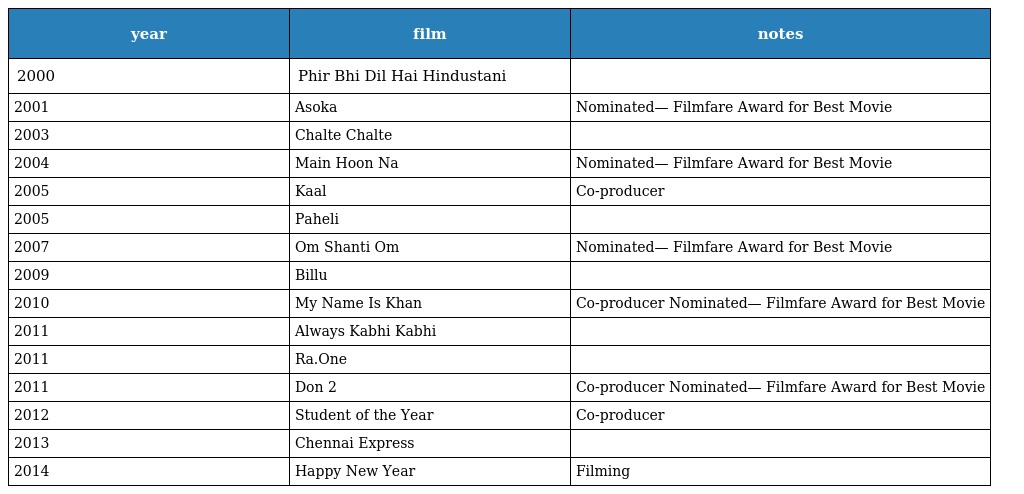
| year | film | notes |
 | --- | --- | --- |
 | 2000 | Phir Bhi Dil Hai Hindustani |  |
 | 2001 | Asoka | Nominated— Filmfare Award for Best Movie |
 | 2003 | Chalte Chalte |  |
 | 2004 | Main Hoon Na | Nominated— Filmfare Award for Best Movie |
 | 2005 | Kaal | Co-producer |
 | 2005 | Paheli |  |
 | 2007 | Om Shanti Om | Nominated— Filmfare Award for Best Movie |
 | 2009 | Billu |  |
 | 2010 | My Name Is Khan | Co-producer Nominated— Filmfare Award for Best Movie |
 | 2011 | Always Kabhi Kabhi |  |
 | 2011 | Ra.One |  |
 | 2011 | Don 2 | Co-producer Nominated— Filmfare Award for Best Movie |
 | 2012 | Student of the Year | Co-producer |
 | 2013 | Chennai Express |  |
 | 2014 | Happy New Year | Filming |